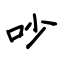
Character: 吵